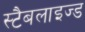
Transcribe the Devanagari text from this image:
स्टैबलाइज्ड